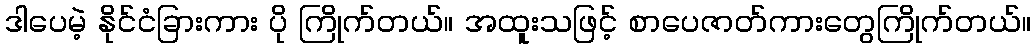
ဒါပေမဲ့ နိုင်ငံခြားကား ပို ကြိုက်တယ်။ အထူးသဖြင့် စာပေဇာတ်ကားတွေကြိုက်တယ်။